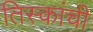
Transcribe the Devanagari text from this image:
तिस्कांची